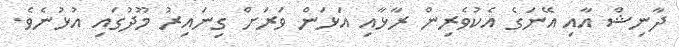
ދާނިޝް އާއި އޭނަގެ އެކުވެރިން ރާޅާއި އަޅަން ވަރަށް ގިނައިރު މޫދުގައި އުޅުނެވެ.